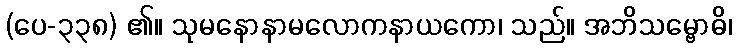
(ပေ-၃၃၈) ၏။ သုမနောနာမလောကနာယကော၊ သည်။ အဘိသမ္ဗောဓိ၊